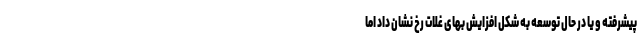
پیشرفته و یا در حال توسعه به شکل افزایش بهای غلات رخ نشان داد اما